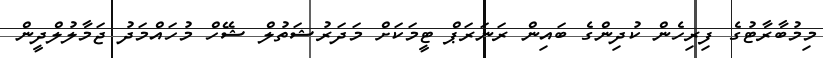
މިމުބާރާޓުގެ ފިރިހެން ކުދިންގެ ބައިން ރަނަރަޕް ޓީމަކަށް މަދަރުޝަތުލް ޝޭހް މުހައްމަދު ޖަމާލުލްދީން